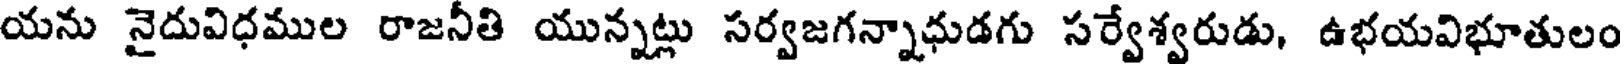
యను నైదువిధముల రాజనీతి యున్నట్లు సర్వజగన్నాధుడగు సర్వేశ్వరుడు, ఉభయవిభూతులం